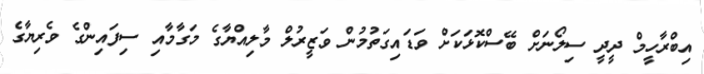
އިބްރާހީމް ދީދީ ސިލޯނަށް ބޭސްކޮޅަކަށް ވަޑައިގަތުމުން ވަޒީރުލް މާލިއްޔާގެ މަގާމާއި ސިފައިންގެ ވެރިޔާގެ